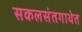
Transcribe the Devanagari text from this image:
सकलसंतगाथेत